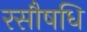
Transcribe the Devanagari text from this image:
रसौषधि